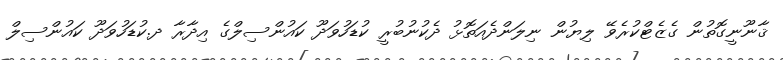
ޤާނޫނީގޮތުން ގެޒެޓްކުރެވޭ ލިޔުން ނިލަންދެއަތޮޅު ދެކުނުބުރީ ކުޑަހުވަދޫ ކައުންސިލްގެ އިދާރާ ދ.ކުޑަހުވަދޫ ކައުންސިލް